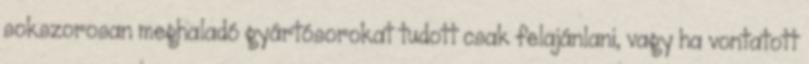
sokszorosan meghaladó gyártósorokat tudott csak felajánlani, vagy ha vontatott